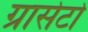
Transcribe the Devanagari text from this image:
ग्रासेटो